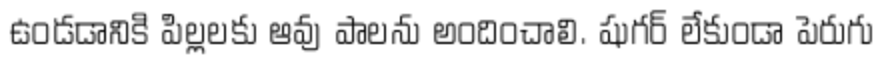
ఉండడానికి పిల్లలకు ఆవు పాలను అందించాలి. షుగర్ లేకుండా పెరుగు